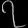
Digit: ၇